Scottish Certificate of Education, 1963
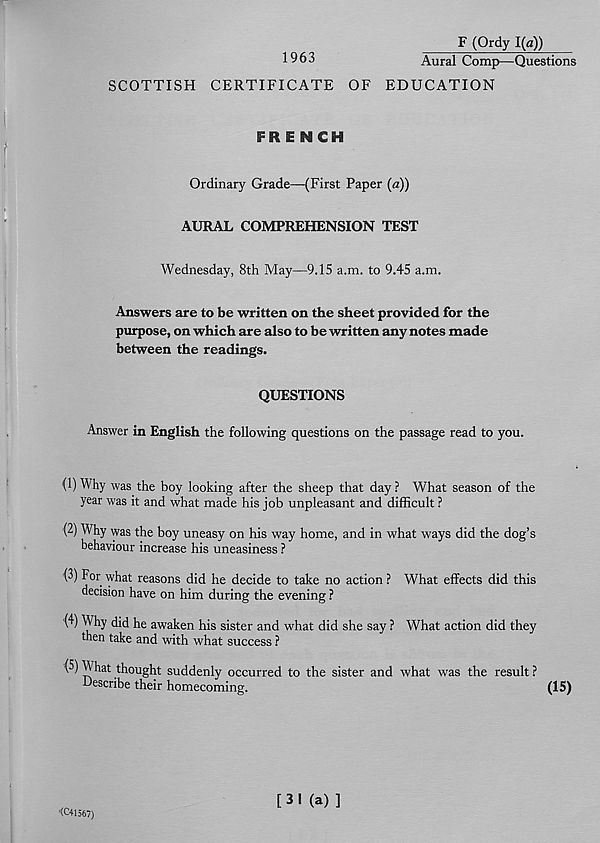
SCOTTISH
1963
CERTIFICATE
F (Ordy 1(a))
OF
Aural Comp—Questions
EDUCATION
FRENCH
Ordinary Grade—(First Paper (a))
AURAL COMPREHENSION TEST
Wednesday, 8th May—9.15 a.m. to 9.45 a.m.
Answers are to be written on the sheet provided for the
purpose, on which are also to be written any notes made
between the readings.
QUESTIONS
Answer in English the following questions on the passage read to you.
(1) Why was the boy looking after the sheep that day ? What season of the
year was it and what made his job unpleasant and difficult ?
(2) Why was the boy uneasy on his way home, and in what ways did the dog’s
behaviour increase his uneasiness ?
(3) For what reasons did he decide to take no action ? What effects did this
decision have on him during the evening ?
(4) Why did he awaken his sister and what did she say ? What action did they
then take and with what success ?
(5) What thought suddenly occurred to the sister and what was the result?
■ Describe their homecoming.
(15)
<C41567)
[ 3 I (a) ]